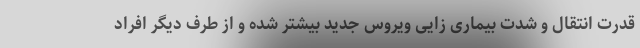
قدرت انتقال و شدت بیماری زایی ویروس جدید بیشتر شده و از طرف دیگر افراد